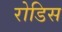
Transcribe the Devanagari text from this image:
रोडिस